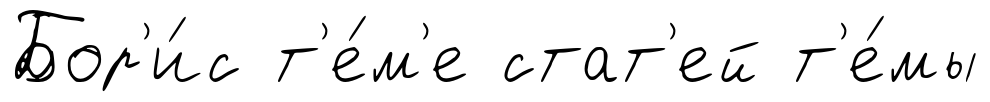
Бор'и́с т'е́м'е стат'ей т'е́мы